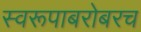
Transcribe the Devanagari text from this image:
स्वरूपाबरोबरच